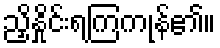
ညှိနှိုင်းရကြကုန်၏။